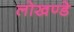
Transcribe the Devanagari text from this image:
लोखण्डे